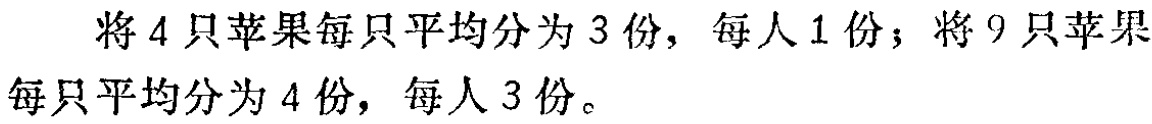
将 \(4\) 只苹果每只平均分为 \(3\) 份，每人 \(1\) 份；将 \(9\) 只苹果每只平均分为 \(4\) 份，每人 \(3\) 份。